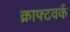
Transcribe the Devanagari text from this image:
क्राफ्टवर्क